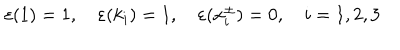
\varepsilon ( 1 ) = 1 , \quad \varepsilon ( k _ { i } ) = 1 , \quad \varepsilon ( x _ { i } ^ { \pm } ) = 0 , \quad i = 1 , 2 , 3